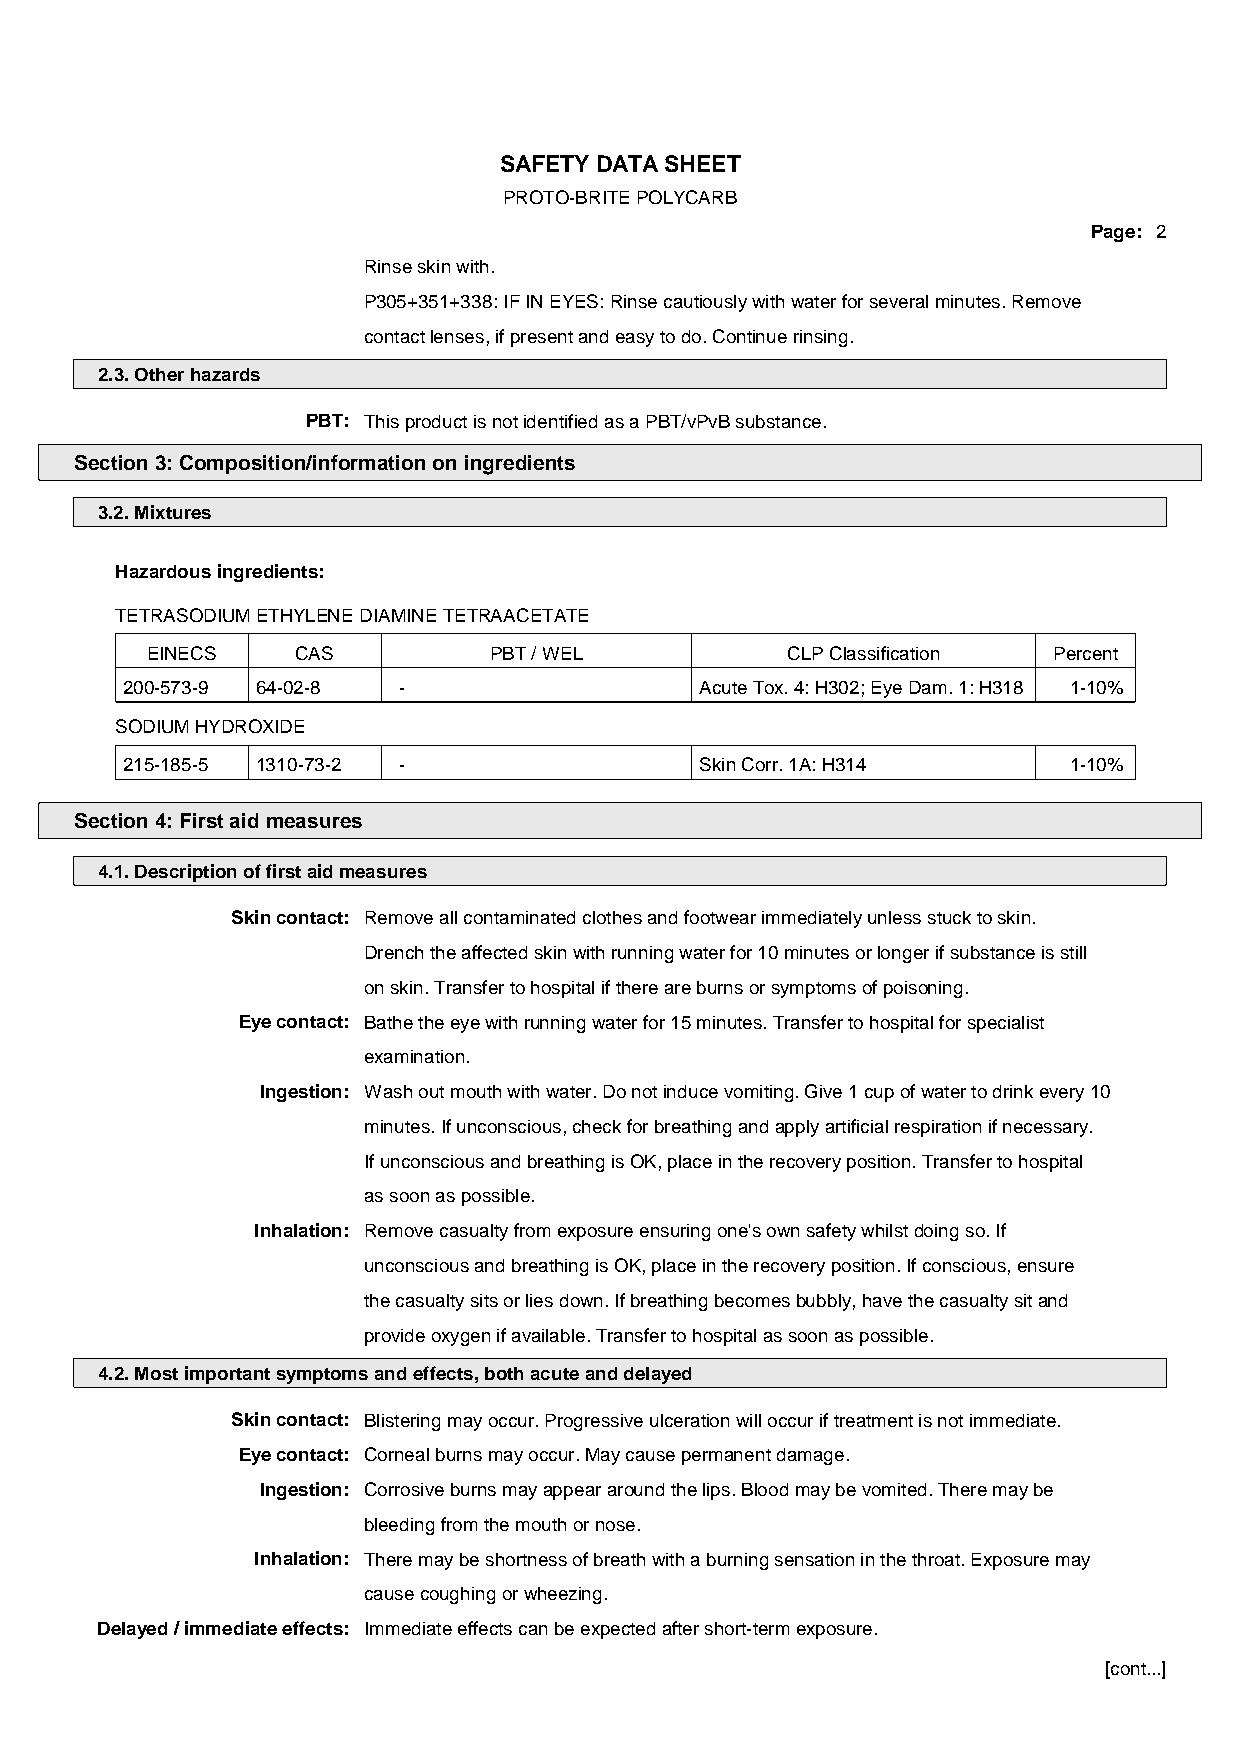
SAFETY DATA SHEET
 PROTO-BRITE POLYCARB
 Page: 2
 Rinse skin with.
 P305+351+338: IF IN EYES: Rinse cautiously with water for several minutes. Remove
 contact lenses, if present and easy to do. Continue rinsing.
 2.3. Other hazards
 PBT: This product is not identified as a PBT/vPvB substance.
 Section 3: Composition/information on ingredients
 3.2. Mixtures
 Hazardous ingredients:
 TETRASODIUM ETHYLENE DIAMINE TETRAACETATE
 EINECS    CAS         PBT / WEL           CLP Classification Percent
 200-573-9 64-02-8 -                   Acute Tox. 4: H302; Eye Dam. 1: H318 1-10%
 SODIUM HYDROXIDE
 215-185-5 1310-73-2 -                 Skin Corr. 1A: H314      1-10%
 Section 4: First aid measures
 4.1. Description of first aid measures
 Skin contact: Remove all contaminated clothes and footwear immediately unless stuck to skin.
 Drench the affected skin with running water for 10 minutes or longer if substance is still
 on skin. Transfer to hospital if there are burns or symptoms of poisoning.
 Eye contact: Bathe the eye with running water for 15 minutes. Transfer to hospital for specialist
 examination.
 Ingestion: Wash out mouth with water. Do not induce vomiting. Give 1 cup of water to drink every 10
 minutes. If unconscious, check for breathing and apply artificial respiration if necessary.
 If unconscious and breathing is OK, place in the recovery position. Transfer to hospital
 as soon as possible.
 Inhalation: Remove casualty from exposure ensuring one's own safety whilst doing so. If
 unconscious and breathing is OK, place in the recovery position. If conscious, ensure
 the casualty sits or lies down. If breathing becomes bubbly, have the casualty sit and
 provide oxygen if available. Transfer to hospital as soon as possible.
 4.2. Most important symptoms and effects, both acute and delayed
 Skin contact: Blistering may occur. Progressive ulceration will occur if treatment is not immediate.
 Eye contact: Corneal burns may occur. May cause permanent damage.
 Ingestion: Corrosive burns may appear around the lips. Blood may be vomited. There may be
 bleeding from the mouth or nose.
 Inhalation: There may be shortness of breath with a burning sensation in the throat. Exposure may
 cause coughing or wheezing.
 Delayed / immediate effects: Immediate effects can be expected after short-term exposure.
 [cont...]